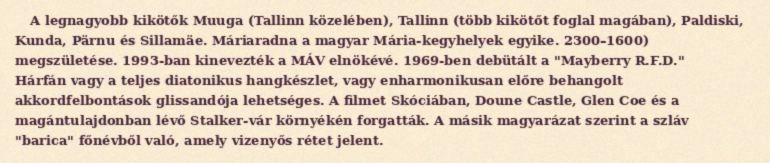
A legnagyobb kikötők Muuga (Tallinn közelében), Tallinn (több kikötőt foglal magában), Paldiski, Kunda, Pärnu és Sillamäe. Máriaradna a magyar Mária-kegyhelyek egyike. 2300–1600) megszületése. 1993-ban kinevezték a MÁV elnökévé. 1969-ben debütált a "Mayberry R.F.D." Hárfán vagy a teljes diatonikus hangkészlet, vagy enharmonikusan előre behangolt akkordfelbontások glissandója lehetséges. A filmet Skóciában, Doune Castle, Glen Coe és a magántulajdonban lévő Stalker-vár környékén forgatták. A másik magyarázat szerint a szláv "barica" főnévből való, amely vizenyős rétet jelent.